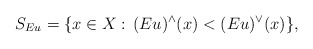
\begin{align*}S_{Eu}=\{x\in X:\,(Eu)^{\wedge}(x)<(Eu)^{\vee}(x)\},\end{align*}